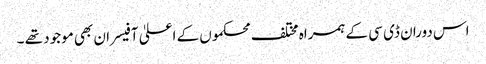
اس دوران ڈی سی کے ہمراہ مختلف محکموں کے اعلیٰ آفیسران بھی موجود تھے ۔